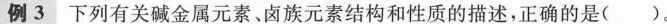
例3 下列有关碱金属元素。卤族元素结构和性质的描述，正确的是( )。